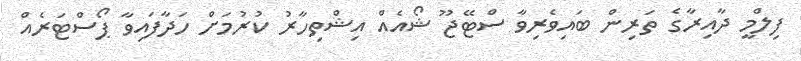
ފިލްމީ ދާއިރާގެ ތަރިން ބައިވެރިވާ ސްޓޭޖޫ ޝޯއެއް އިޝްތިހާރު ކުރުމަށް ހަދާފައިވާ ޕޯސްޓަރެއް